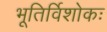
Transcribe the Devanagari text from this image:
भूतिर्विशोकः